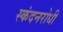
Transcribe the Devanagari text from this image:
स्कंदनरोधी